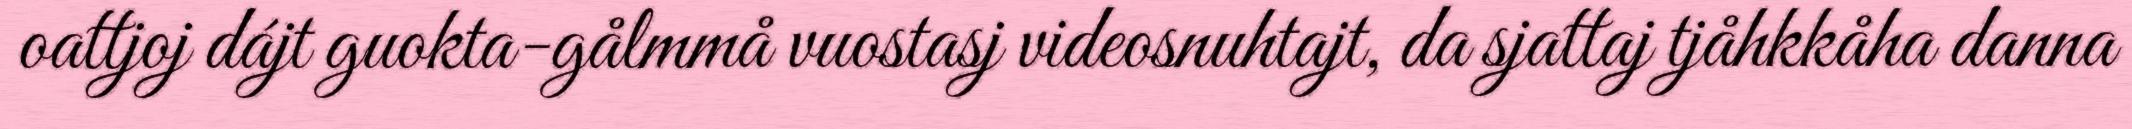
oattjoj dájt guokta-gålmmå vuostasj videosnuhtajt, da sjattaj tjåhkkåha danna